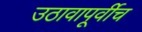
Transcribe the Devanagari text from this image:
उठावापूर्वीच